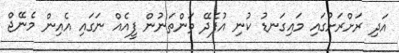
އަދި ރަށްރަށުގައި މައިގަނޑު ކުނި އުފެދޭ ތަންތަނުން ފީއެއް ނަގައި އެއިން މެނޭޖް